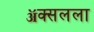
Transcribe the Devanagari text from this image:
ॲक्सलला